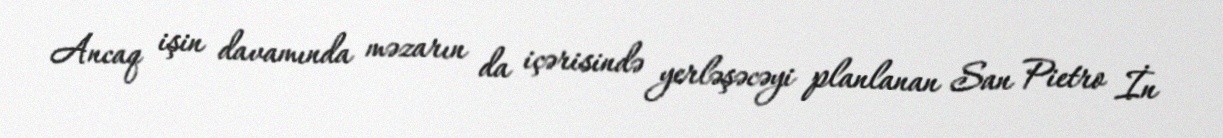
Ancaq işin davamında məzarın da içərisində yerləşəcəyi planlanan San Pietro İn